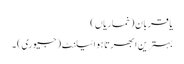
یا قربان (خماریاں )
بہترین ابھرتا ہوا ٹیلنٹ (جیوری) ۔